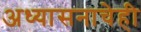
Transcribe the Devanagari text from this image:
अध्यासनाचेही